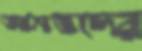
আসক্তদের